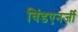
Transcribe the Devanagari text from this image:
विंडएनर्जी